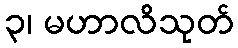
၃၊ မဟာလိသုတ်